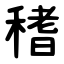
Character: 䅲